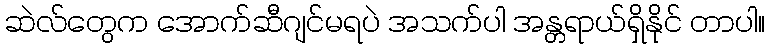
ဆဲလ်တွေက အောက်ဆီဂျင်မရပဲ အသက်ပါ အန္တရာယ်ရှိနိုင် တာပါ။